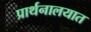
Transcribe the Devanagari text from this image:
प्रार्थनालयात